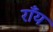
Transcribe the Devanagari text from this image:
राँय